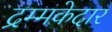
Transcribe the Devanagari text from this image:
द्रम्मकेदार